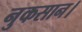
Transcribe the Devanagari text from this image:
नुकसान।